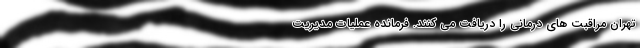
تهران مراقبت های درمانی را دریافت می کنند. فرمانده عملیات مدیریت